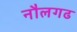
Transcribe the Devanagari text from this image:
नौलगढ